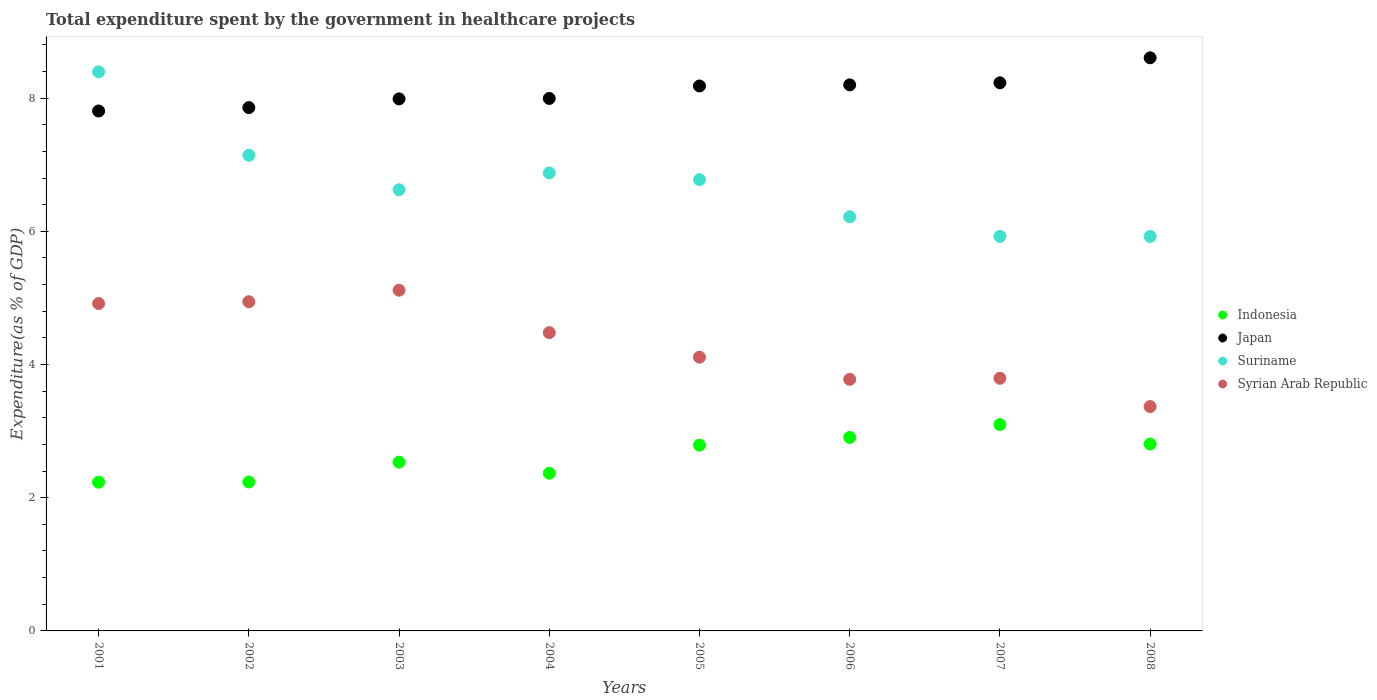
| Years | Indonesia | Japan | Suriname | Syrian Arab Republic |
 | --- | --- | --- | --- | --- |
 | 2001 | 2.23 | 7.81 | 8.39 | 4.92 |
 | 2002 | 2.24 | 7.86 | 7.14 | 4.94 |
 | 2003 | 2.53 | 7.99 | 6.62 | 5.12 |
 | 2004 | 2.37 | 7.99 | 6.88 | 4.48 |
 | 2005 | 2.79 | 8.18 | 6.78 | 4.11 |
 | 2006 | 2.91 | 8.2 | 6.22 | 3.78 |
 | 2007 | 3.1 | 8.23 | 5.92 | 3.79 |
 | 2008 | 2.81 | 8.61 | 5.92 | 3.37 |